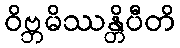
ဝိဗ္ဘမိဿန္တိပီတိ